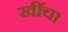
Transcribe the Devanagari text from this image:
खींच।